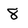
Character: 8